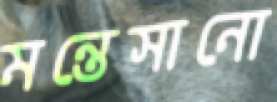
মন্তেসানো